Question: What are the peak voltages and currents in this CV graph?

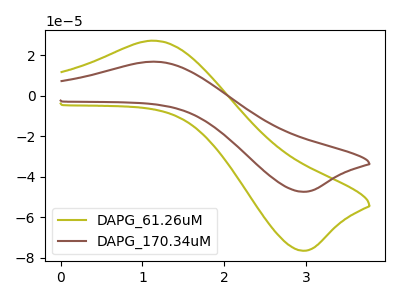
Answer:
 <answer>The olive curve "DAPG_61.26uM" has an anodic peak at (1.10V, 27.25uA) and a cathodic peak at (2.95V, -76.60uA). The brown curve "DAPG_170.34uM" has an anodic peak at (1.10V, 16.85uA) and a cathodic peak at (2.95V, -47.45uA).</answer>
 <eval></eval>